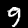
Label: 9